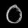
Digit: ၀